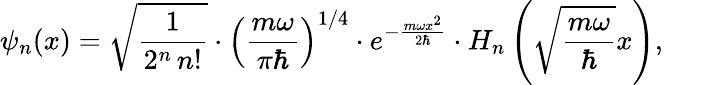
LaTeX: \psi_{n}(x)={\sqrt{\frac{1}{2^{n}\, n!}}}\cdot\left({\frac{m\omega}{\pi\hbar}}\right)^{1/4}\cdot e^{-{\frac{m\omega x^{2}}{2\hbar}}}\cdot H_{n}\left({\sqrt{\frac{m\omega}{\hbar}}}x\right),\qquad